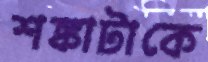
শঙ্কাটাকে